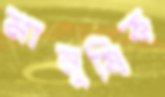
মানুষিক